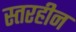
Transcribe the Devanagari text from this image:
स्तरहीन